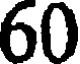
60